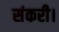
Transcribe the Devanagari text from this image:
संकरी।